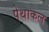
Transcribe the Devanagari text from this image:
पेथाकल